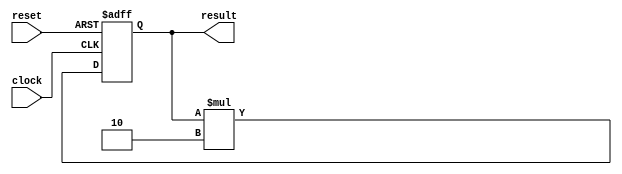
module count4r2m(result, clock, reset);
	output [3:0] result;
	input clock, reset;
	reg [3:0] number;

	always @(posedge clock or negedge reset) begin
		if (!reset) begin
			number <= 1;
		end else begin
			number <= number * 2;
		end
	end

	assign result = number;
endmodule